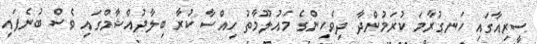
ސީރިއާގައި ހަނގުރާމަ ކުރަމުންދާ ދިވެހިންގެ މައުލޫމާތު ހިއްސާ ކުރާ ބިލާދުއްޝާމްގައި ވެސް ބުނެފައި